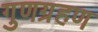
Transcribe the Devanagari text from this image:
गुणग्रहण